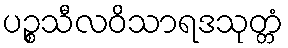
ပဉ္စသီလဝိသာရဒသုတ္တံ